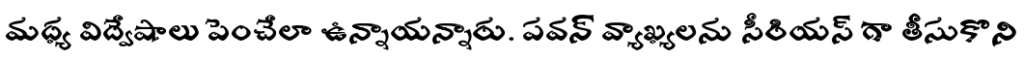
మధ్య విద్వేషాలు పెంచేలా ఉన్నాయన్నారు. పవన్ వ్యాఖ్యలను సీరియస్ గా తీసుకొని